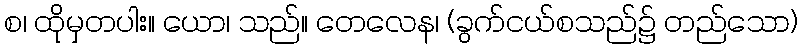
စ၊ ထိုမှတပါး။ ယော၊ သည်။ တေလေန၊ (ခွက်ငယ်စသည်၌ တည်သော)